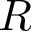
R